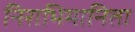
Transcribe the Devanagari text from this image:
निराभिमानिता